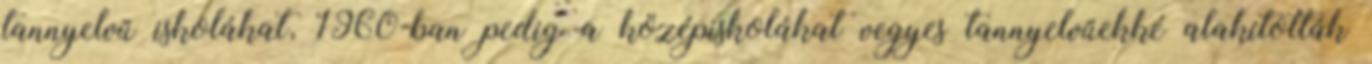
tannyelvű iskolákat, 1960-ban pedig a középiskolákat vegyes tannyelvűekké alakították